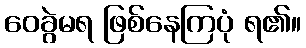
ဝေခွဲမရ ဖြစ်နေကြပုံ ရ၏။